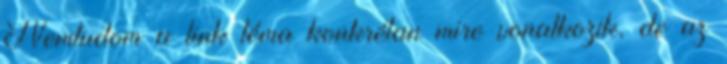
Nemtudom a link téma konkrétan mire vonatkozik, de az